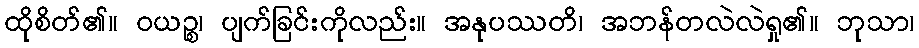
ထိုစိတ်၏။ ဝယဉ္စ၊ ပျက်ခြင်းကိုလည်း။ အနုပဿတိ၊ အဘန်တလဲလဲရှု၏။ ဘုသာ၊